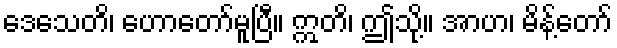
ဒေသေတိ၊ ဟောတော်မူပြီ။ ဣတိ၊ ဤသို့။ အာဟ၊ မိန့်တော်